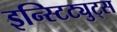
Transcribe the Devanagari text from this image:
इन्स्टिट्युट्स